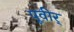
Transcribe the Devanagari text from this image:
पूवीर्